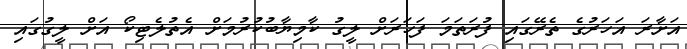
އަށާރަ އަހަރުގެ ތެރޭގައި ފުރަތަމަ ފަހަރަށް ލީގު ކާމިޔާބުކުރުމަށް އެތުލެޓިކޯ އަށް ލީގުގައި